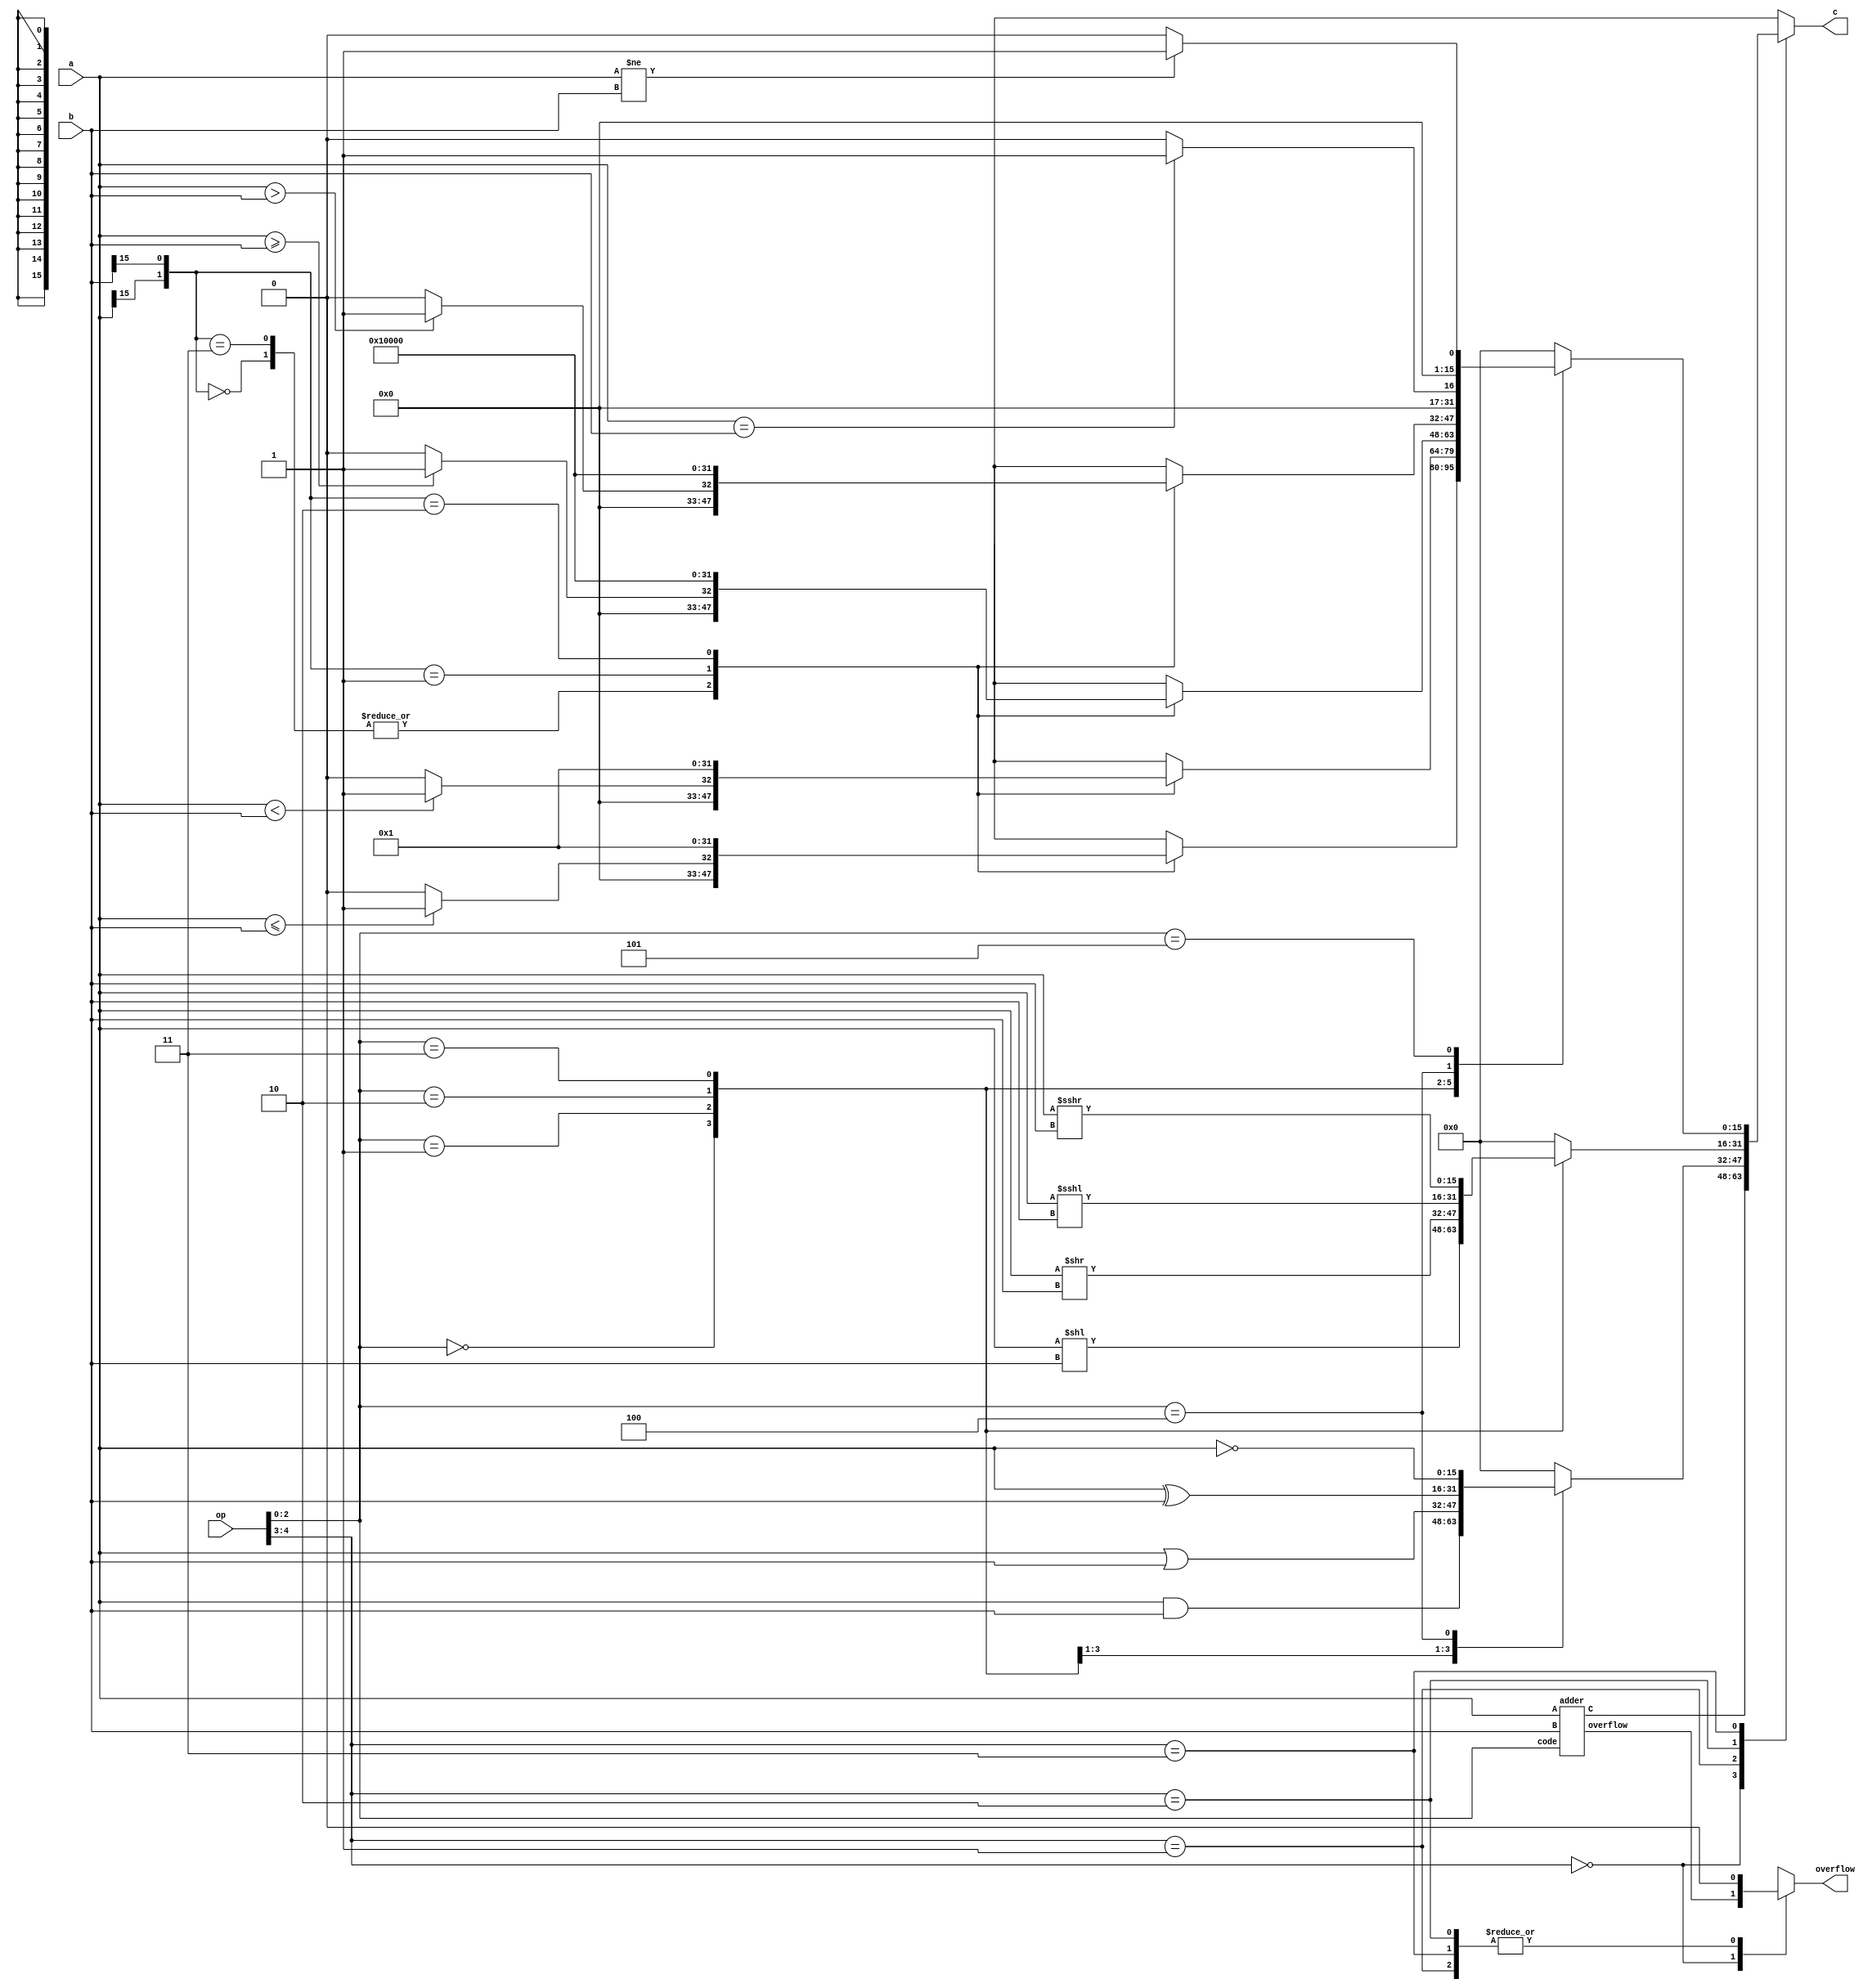
module alu(c, overflow, a, b, op);
    input [15:0]a,b;                //16 bit inputs A and B
    input [4:0]op;                  //5 bit opcode that determines ALU operation
    output [15:0] c;                 //16 bit result based on inputs A and B and opcode
    output overflow;

    reg [15:0] result;
    reg overfloww;

    parameter ARITHMETIC = 2'b00;
    parameter LOGIC = 2'b01;
    parameter SHIFT = 2'b10;
    parameter SET = 2'b11;


    wire [15:0] adderOut;
    wire [2:0] code;
    assign code = op[2:0];
    wire adderOF;
    adder a1(adderOut, adderOF, a, b, code);

    always @(code or a or b or adderOut or adderOF) begin
        case(op[4:3])
            ARITHMETIC: begin                //Arithmetic operations
                result <= adderOut;
                overfloww <= adderOF;
            end
            LOGIC: begin                //Logic operations
                overfloww = 0;
                case(op[2:0])
                    3'b000: begin
                        result <= a & b;
                    end
                    3'b001: begin
                        result <= a | b;
                    end
                    3'b010: begin
                        result <= a ^ b;
                    end
                    3'b100: begin
                        result <= ~a;
                    end
                    default: result <= 0;
                endcase
            end
            SHIFT: begin                //Shift operations
                overfloww = 0;
                case(op[2:0])
                    3'b000: begin
                        result <= a << b;
                    end
                    3'b001: begin
                        result <= a >> b;
                    end
                    3'b010: begin
                        result <= a <<< b;
                    end
                    3'b011: begin
                        result <= a >>> b;
                    end
                    default: result = 0;
                endcase
            end
            SET: begin                //Set condition operations
                overfloww = 0;
                case(op[2:0])
                    3'b000: begin
                        case({a[15],b[15]})
                                2'b00: begin
                                        result <= a <= b ? 1 : 0;
                                end
                                2'b11: begin
                                        result <= a <= b ? 1 : 0;
                                end
                                2'b01: begin
                                        result <= 0;
                                end
                                2'b10: begin
                                        result <= 1;
                                end
                        endcase
                    end
                    3'b001: begin
                        case({a[15],b[15]})
                                2'b00: begin
                                        result <= a < b ? 1 : 0;
                                end
                                2'b11: begin
                                        result <= a < b ? 1 : 0;
                                end
                                2'b01: begin
                                        result <= 0;
                                end
                                2'b10: begin
                                        result <= 1;
                                end
                        endcase
                    end
                    3'b010: begin
                        case({a[15],b[15]})
                                2'b00: begin
                                        result <= a >= b ? 1 : 0;
                                end
                                2'b11: begin
                                        result <= a >= b ? 1 : 0;
                                end
                                2'b01: begin
                                        result <= 1;
                                end
                                2'b10: begin
                                        result <= 0;
                                end
                        endcase
                    end
                    3'b011: begin
                        case({a[15],b[15]})
                                2'b00: begin
                                        result <= a > b ? 1 : 0;
                                end
                                2'b11: begin
                                        result <= a > b ? 1 : 0;
                                end
                                2'b01: begin
                                        result <= 1;
                                end
                                2'b10: begin
                                        result <= 0;
                                end
                        endcase
                    end
                    3'b100: begin
                        result <= a == b ? 1 : 0;
                    end
                    3'b101: begin
                        result <= a != b ? 1 : 0;
                    end
                    default: result <= 0;

                endcase
            end
            default result <= 0;
        endcase
    end
    assign c = result;
    assign overflow = overfloww;
endmodule

module adder(C, overflow, A, B, code);
input [15:0] A, B;
input [2:0] code;
output [15:0] C;
output overflow;
wire cin;
wire [15:0] cA, cB, nB, one, negOne;
reg vin;
reg [15:0] newB;
fa fa7(cB, cout, vout, B ~^ 1'b0, 16'b0000000000000001, 1'b0, 1'b0);
assign cin = 1'b0;

always@(A or B or code or cB)
begin
        case(code)
                3'b000: begin                //signed addition
                        vin = 1'b1;
                        newB = B;
                end
                3'b001: begin                //unsigned addition
                        vin = 1'b0;
                        newB = B;
                end
                3'b010: begin                //signed subtraction
                        vin = 1'b1;
                        newB = cB;
                end
                3'b011: begin                //unsigned subtraction
                        vin = 1'b0;
                        newB = cB;
                end
                3'b100: begin                //signed increment
                        vin = 1'b1;
                        newB = 1;
                end
                3'b101: begin                //signed decrement
                        vin = 1'b1;
                        newB = -1;
                end
        endcase
end
assign nB = newB;
fa fa1(C, cout, overflow, A, nB, cin, vin);

endmodule

module fa(C,cout,vout,A,B,cin,vin);
input [15:0] A, B;
input cin, vin;
output [15:0] C;
output cout, vout;
wire [16:0] carry;

assign carry[0] = cin;
genvar i;
generate
        for(i=0; i<16; i = i + 1)
        begin
                assign C[i] = A[i] ^ B[i] ^ carry[i];
                assign carry[i+1] = ((A[i] ^ B[i]) & carry[i]) | (A[i] & B[i]);
        end
endgenerate
assign cout = carry[16];
assign vout = (A[15]&B[15]&(~C[15])&vin) | ((~A[15])&(~B[15])&C[15]&vin);
endmodule